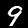
Digit: 9